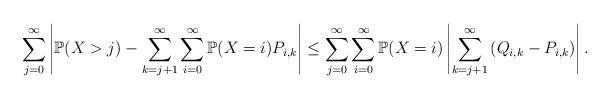
LaTeX: \begin{align*}\sum_{j=0}^\infty\left|\mathbb{P}(X>j)-\sum_{k=j+1}^\infty\sum_{i=0}^\infty\mathbb{P}(X=i)P_{i,k}\right|\leq \sum_{j=0}^\infty\sum_{i=0}^\infty\mathbb{P}(X=i)\left|\sum_{k=j+1}^\infty\left(Q_{i,k}-P_{i,k}\right)\right|.\end{align*}